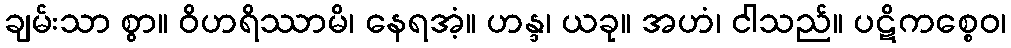
ချမ်းသာ စွာ။ ဝိဟရိဿာမိ၊ နေရအံ့။ ဟန္ဒ၊ ယခု။ အဟံ၊ ငါသည်။ ပဋိကစ္စေဝ၊